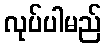
လုပ်ပါမည်